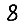
Digit: 8